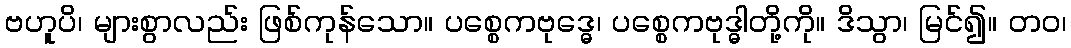
ဗဟူပိ၊ များစွာလည်း ဖြစ်ကုန်သော။ ပစ္စေကဗုဒ္ဓေ၊ ပစ္စေကဗုဒ္ဓါတို့ကို။ ဒိသွာ၊ မြင်၍။ တဝ၊